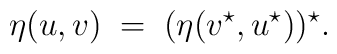
\eta( u, v) \; = \; ( \eta(v^\star, u^\star) )^\star.